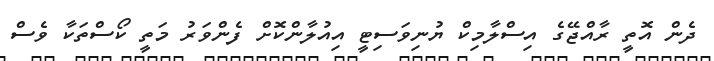
ދެން އޮތީ ރާއްޖޭގެ އިސްލާމިކް ޔުނިވަސިޓީ އިއުލާންކޮށް ފެންވަރު މަތީ ކޯސްތަކާ ވެސް